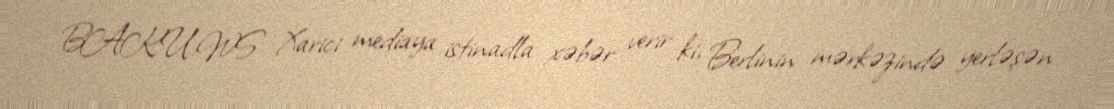
BAKU.WS Xarici mediaya istinadla xəbər verir ki, Berlinin mərkəzində yerləşən